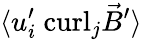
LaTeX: \langle{u}_{i}^{\prime}\ \mathrm{curl}_{j}\vec{B}^{\prime}\rangle